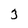
Character: 3